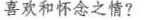
喜欢和怀念之情?